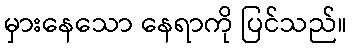
မှားနေသော နေရာကို ပြင်သည်။